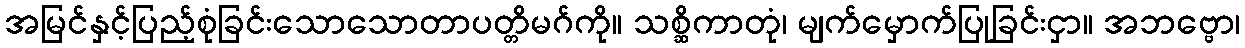
အမြင်နှင့်ပြည့်စုံခြင်းသောသောတာပတ္တိမဂ်ကို။ သစ္ဆိကာတုံ၊ မျက်မှောက်ပြုခြင်းငှာ။ အဘဗ္ဗော၊